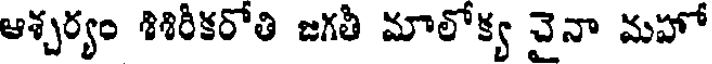
ఆశ్చర్యం శిశిరీకరోతి జగతీ మాలోక్య చైనా మహో